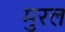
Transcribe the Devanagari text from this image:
मुरल